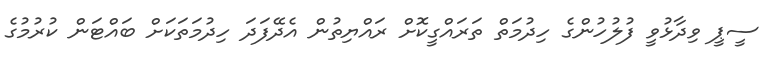
ސީޕީ ވިދާޅުވީ ފުލުހުންގެ ހިދުމަތް ތަރައްގީކޮށް ރައްޔިތުން އެދޭފަދަ ހިދުމަތަކަށް ބައްޓަން ކުރުމުގެ